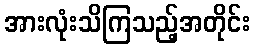
အားလုံးသိကြသည့်အတိုင်း